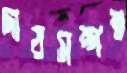
দায়সম্পন্ন